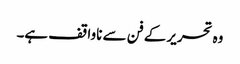
وہ تحریر کے فن سے ناواقف ہے۔